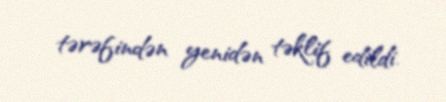
tərəfindən yenidən təklif edildi.